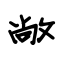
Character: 敞